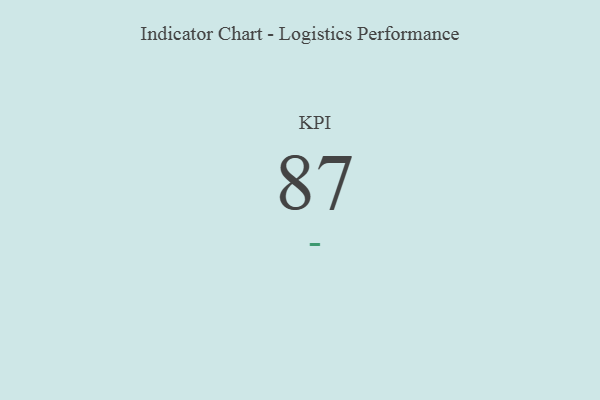
{"axis": {"x": "KPI", "y": "Value"}, "legend": [""], "data": [{"x": "KPI", "y": 87, "type": ""}]}